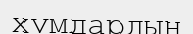
хумдардың